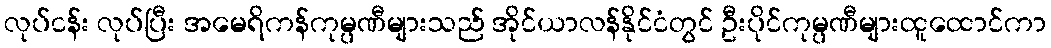
လုပ်ငန်း လုပ်ပြီး အမေရိကန်ကုမ္ပဏီများသည် အိုင်ယာလန်နိုင်ငံတွင် ဦးပိုင်ကုမ္ပဏီများထူထောင်ကာ